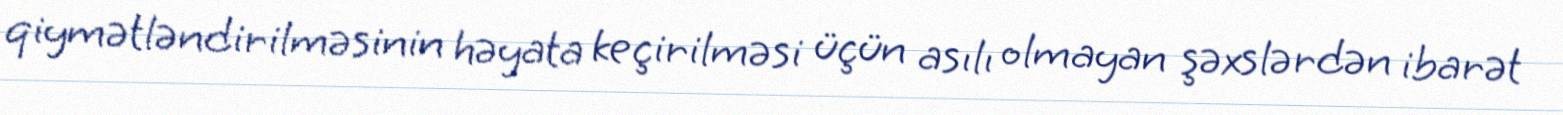
qiymətləndirilməsinin həyata keçirilməsi üçün asılı olmayan şəxslərdən ibarət